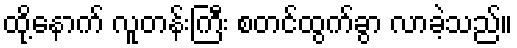
ထို့နောက် လူတန်းကြီး စတင်ထွက်ခွာ လာခဲ့သည်။